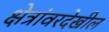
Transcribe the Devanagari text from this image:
क्षेत्रांवरदेखील